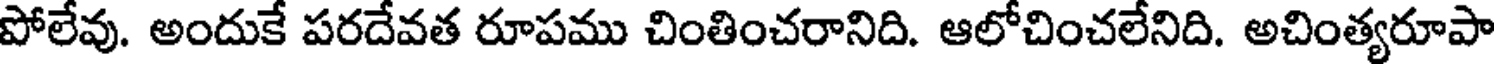
పోలేవు. అందుకే పరదేవత రూపము చింతించరానిది. ఆలోచించలేనిది. అచింత్యరూపా